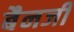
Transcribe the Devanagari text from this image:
बैनजी